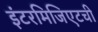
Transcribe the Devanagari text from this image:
इंटरमिजिएटची